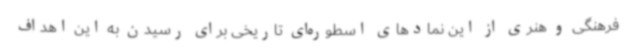
فرهنگی و هنری از این نمادهای اسطوره‌ای تاریخی برای رسیدن به این اهداف